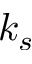
k _ { s }